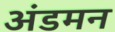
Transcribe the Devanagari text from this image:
अंडमन